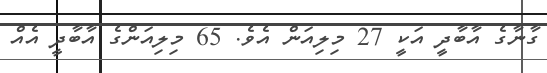
ގާނާގެ އާބާދީ އަކީ 27 މިލިއަން އެވެ. 65 މިލިއަންގެ އާބާދީ އެއް